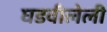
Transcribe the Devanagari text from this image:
घडवीलेली